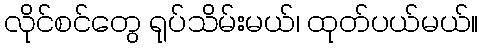
လိုင်စင်တွေ ရုပ်သိမ်းမယ်၊ ထုတ်ပယ်မယ်။